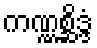
ကဏ္ဏစ္ဆိဒ္ဒံ